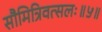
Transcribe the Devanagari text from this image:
सौमित्रिवत्सलः॥५॥